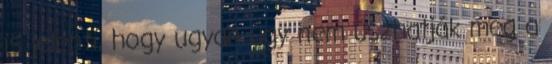
is jelenti, hogy ugyan úgy nem úszhatják meg a